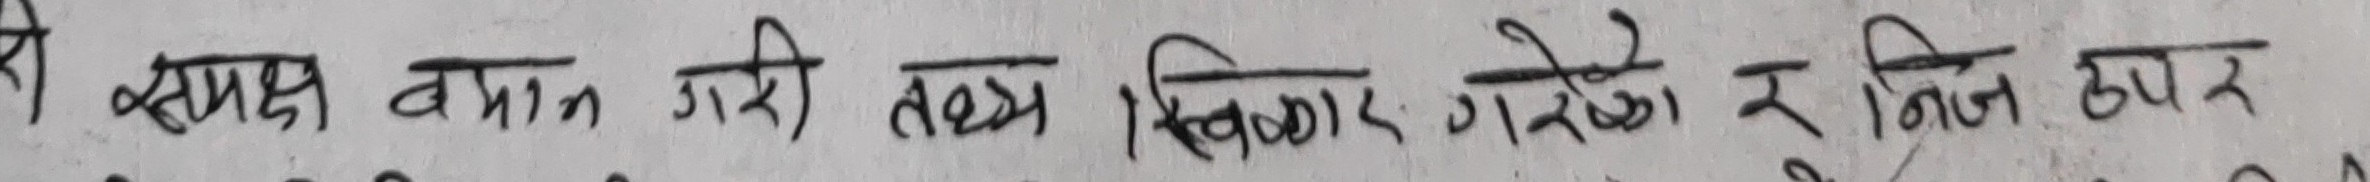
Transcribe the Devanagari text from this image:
यो अध्यक्ष बयान गरी तथ्य स्वीकार गरेको र जिन उपर